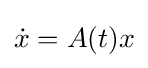
{\dot {x}}=A(t)x